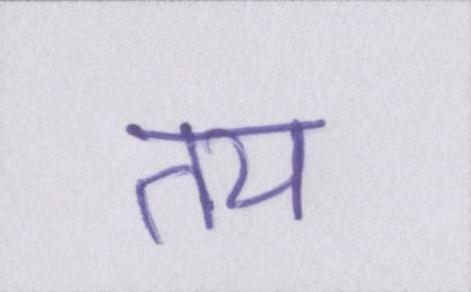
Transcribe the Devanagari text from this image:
तय